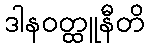
ဒါနဝတ္ထူနီတိ